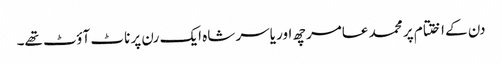
دن کے اختتام پر محمد عامر چھ اور یاسر شاہ ایک رن پر ناٹ آؤٹ تھے۔